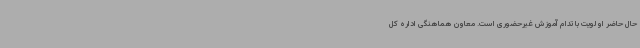
حال حاضر اولویت با تدام آموزش غیرحضوری است. معاون هماهنگی اداره کل